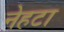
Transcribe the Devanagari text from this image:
नेहटा